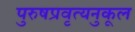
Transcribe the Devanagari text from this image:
पुरुषप्रवृत्यनुकूल